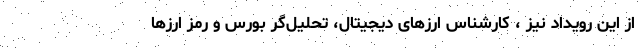
از این رویداد نیز ، کارشناس ارزهای دیجیتال، تحلیل‌گر بورس و رمز ارزها